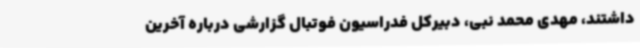
داشتند، مهدی محمد نبی، دبیرکل فدراسیون فوتبال گزارشی درباره آخرین